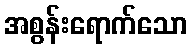
အစွန်းရောက်သော